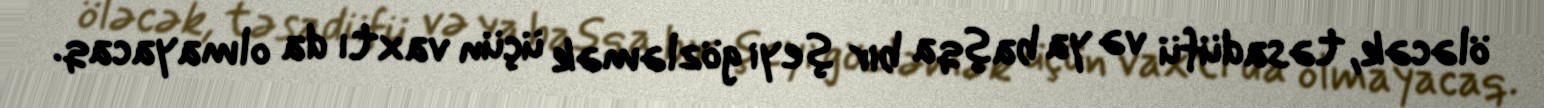
öləcək, təsadüfü və ya başqa bir şeyi gözləmək üçün vaxtı da olmayacaq.